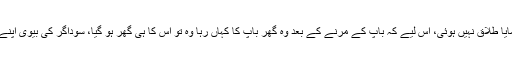
شاہ صاحب کے سامنے بھی یہ مسئلہ آیا تو آپ نے برجستہ فرمایا طلاق نہیں ہوئی، اس لیے کہ باپ کے مرنے کے بعد وہ گھر باپ کا کہاں رہا وہ تو اس کا ہی گھر ہو گیا، سوداگر کی بیوی اپنے باپ کے گھر نہیں گئی بلکہ اپنے گھر گئی، پھر طلاق کیسی؟